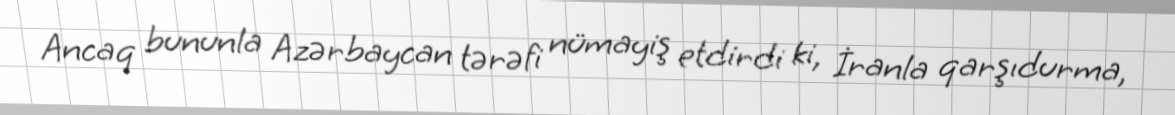
Ancaq bununla Azərbaycan tərəfi nümayiş etdirdi ki, İranla qarşıdurma,